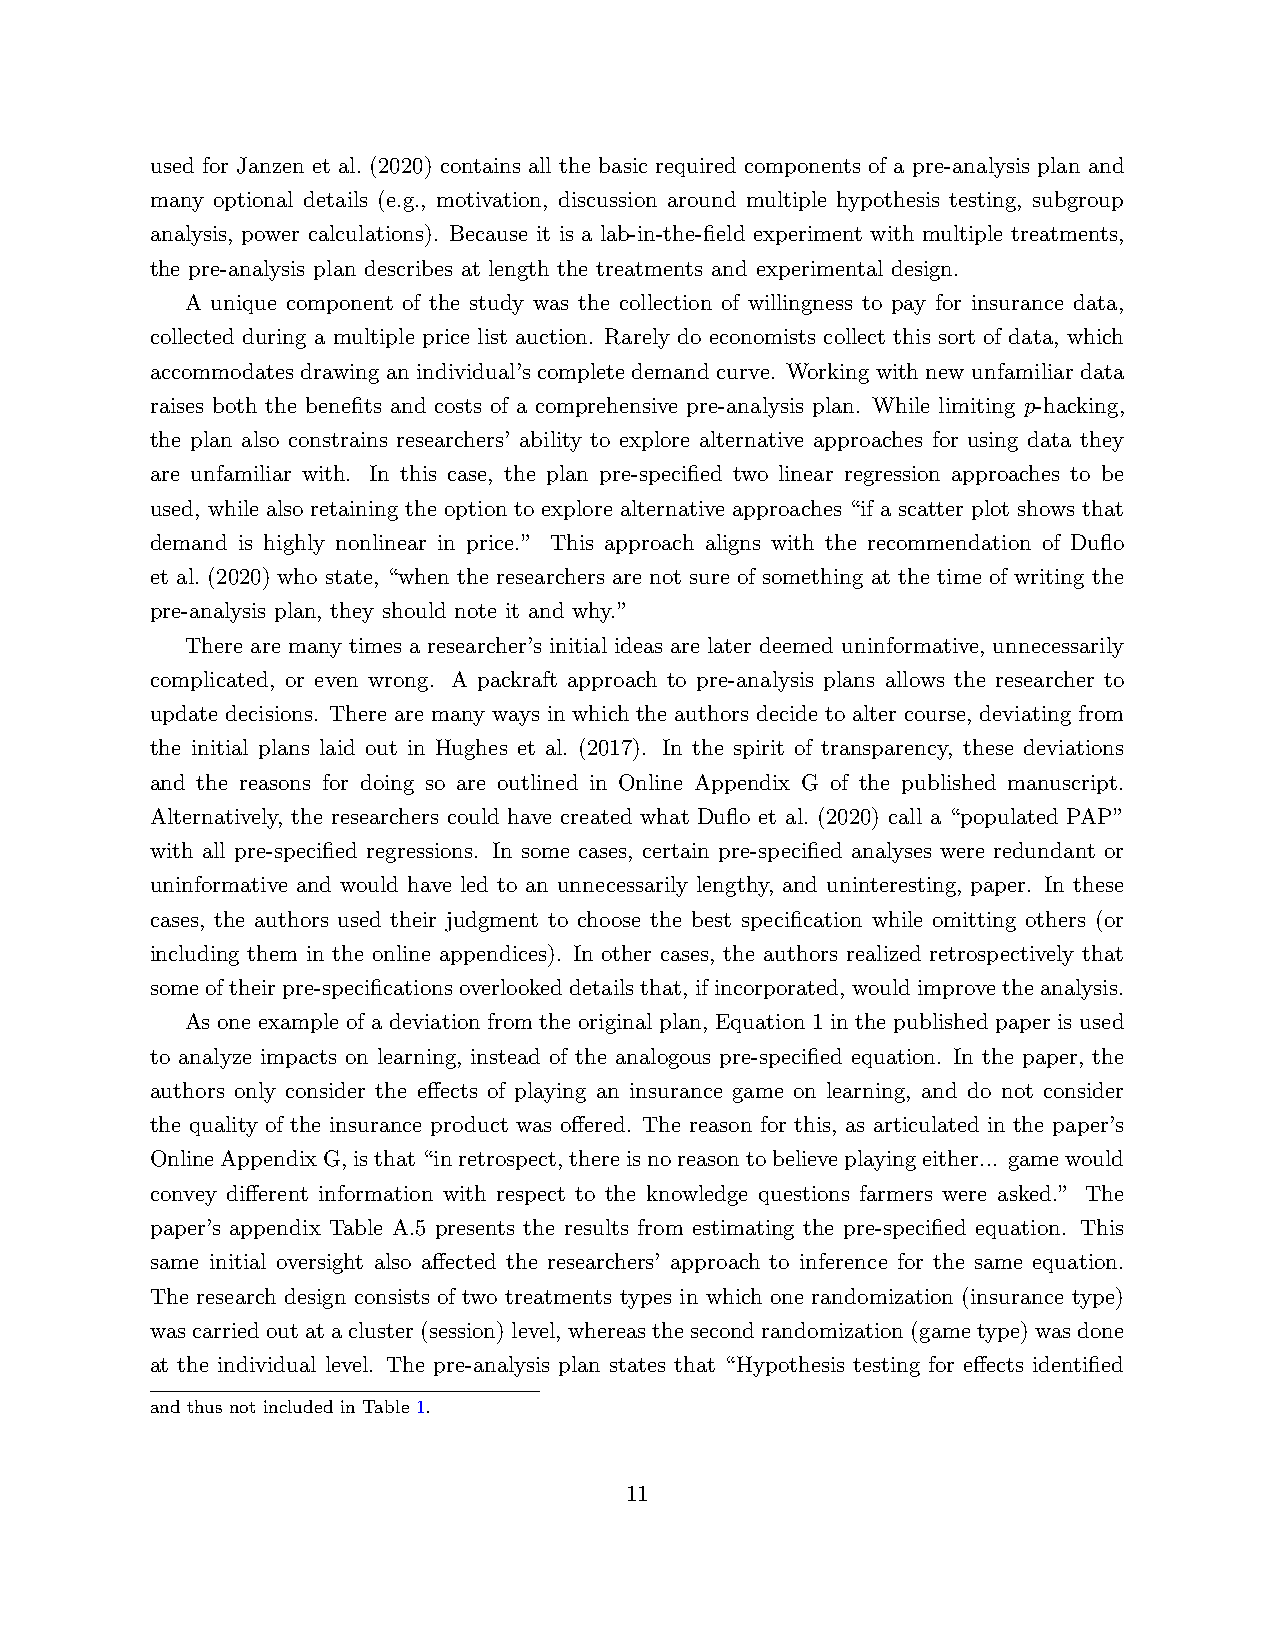
used for Janzen et al. (2020) contains all the basic required components of a pre-analysis plan and
 many optional details (e.g., motivation, discussion around multiple hypothesis testing, subgroup
 analysis, power calculations). Because it is a lab-in-the-field experiment with multiple treatments,
 the pre-analysis plan describes at length the treatments and experimental design.
 A unique component of the study was the collection of willingness to pay for insurance data,
 collected during a multiple price list auction. Rarely do economists collect this sort of data, which
 accommodates drawing an individual’s complete demand curve. Working with new unfamiliar data
 raises both the benefits and costs of a comprehensive pre-analysis plan. While limiting p-hacking,
 the plan also constrains researchers’ ability to explore alternative approaches for using data they
 are unfamiliar with. In this case, the plan pre-specified two linear regression approaches to be
 used, while also retaining the option to explore alternative approaches “if a scatter plot shows that
 demand is highly nonlinear in price.” This approach aligns with the recommendation of Duflo
 et al. (2020) who state, “when the researchers are not sure of something at the time of writing the
 pre-analysis plan, they should note it and why.”
 There are many times a researcher’s initial ideas are later deemed uninformative, unnecessarily
 complicated, or even wrong. A packraft approach to pre-analysis plans allows the researcher to
 update decisions. There are many ways in which the authors decide to alter course, deviating from
 the initial plans laid out in Hughes et al. (2017). In the spirit of transparency, these deviations
 and the reasons for doing so are outlined in Online Appendix G of the published manuscript.
 Alternatively, the researchers could have created what Duflo et al. (2020) call a “populated PAP”
 with all pre-specified regressions. In some cases, certain pre-specified analyses were redundant or
 uninformative and would have led to an unnecessarily lengthy, and uninteresting, paper. In these
 cases, the authors used their judgment to choose the best specification while omitting others (or
 including them in the online appendices). In other cases, the authors realized retrospectively that
 someoftheirpre-specificationsoverlookeddetailsthat, ifincorporated, wouldimprovetheanalysis.
 As one example of a deviation from the original plan, Equation 1 in the published paper is used
 to analyze impacts on learning, instead of the analogous pre-specified equation. In the paper, the
 authors only consider the effects of playing an insurance game on learning, and do not consider
 the quality of the insurance product was offered. The reason for this, as articulated in the paper’s
 OnlineAppendixG,isthat“inretrospect,thereisnoreasontobelieveplayingeither... gamewould
 convey different information with respect to the knowledge questions farmers were asked.” The
 paper’s appendix Table A.5 presents the results from estimating the pre-specified equation. This
 same initial oversight also affected the researchers’ approach to inference for the same equation.
 The research design consists of two treatments types in which one randomization (insurance type)
 wascarriedoutatacluster(session)level, whereasthesecondrandomization(gametype)wasdone
 at the individual level. The pre-analysis plan states that “Hypothesis testing for effects identified
 and thus not included in Table 1.
 11